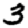
Digit: 3